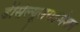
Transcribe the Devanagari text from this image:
डीसेल्यूलराइजेशन